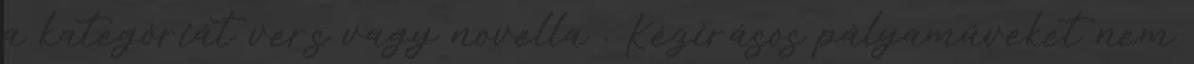
a kategóriát vers vagy novella . Kézírásos pályaműveket nem